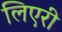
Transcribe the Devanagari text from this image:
लिएरी